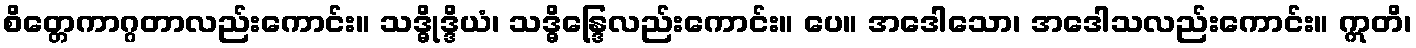
စိတ္တေကာဂ္ဂတာလည်းကောင်း။ သဒ္ဓိုဒ္ဒိယံ၊ သဒ္ဓိန္ဒြေလည်းကောင်း။ ပေ။ အဒေါသော၊ အဒေါသလည်းကောင်း။ ဣတိ၊